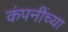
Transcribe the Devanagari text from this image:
कंपनींच्या